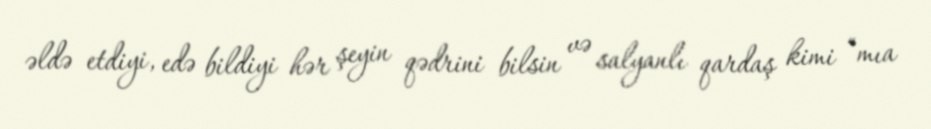
əldə etdiyi, edə bildiyi hər şeyin qədrini bilsin və salyanlı qardaş kimi “mıa